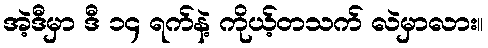
အဲ့ဒီမှာ ဒီ ၁၄ ရက်နဲ့ ကိုယ့်တသက် လဲမှာလား။